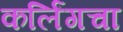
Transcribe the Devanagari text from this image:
कर्लिंगचा